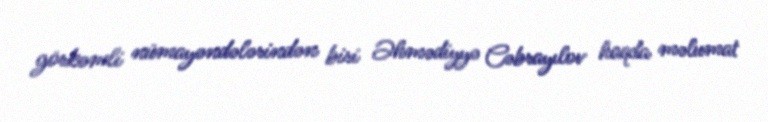
görkəmli nümayəndələrindən biri Əhmədiyyə Cəbrayılov haqda məlumat